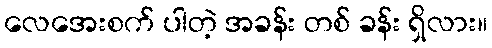
လေအေးစက် ပါတဲ့ အခန်း တစ် ခန်း ရှိလား။